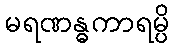
မရဏန္ဓကာရမ္ပိ